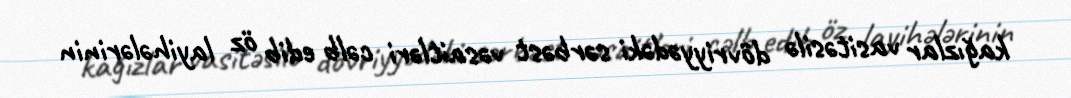
kağızlar vasitəsilə dövriyyədəki sərbəst vəsaitləri cəlb edib öz layihələrinin